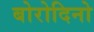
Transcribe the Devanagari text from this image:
बोरोदिनो